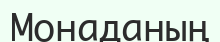
Монаданың